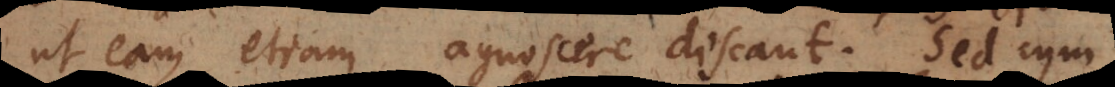
ut eam etiam agnoscere discant. Sed cum